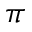
\pi